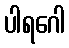
ပါရဂေါ